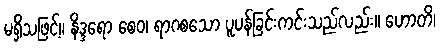
မရှိသဖြင့်။ နိဒ္ဒရော စေဝ၊ ရာဂစသော ပူပန်ခြင်းကင်းသည်လည်း။ ဟောတိ၊